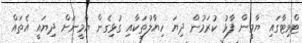
ޓްވިޓާގައި ޔާމީން ފާޅު ކުރަމުން ދިޔަ ހިޔާލުތަކާއި ގުޅިގެން ޔާމީނަށް ދިޔައީ އެތައް